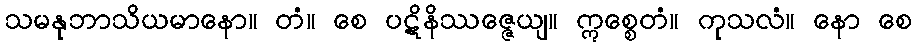
သမနုဘာသိယမာနော။ တံ။ စေ ပဋိနိဿဇ္ဇေယျ။ ဣစ္စေတံ။ ကုသလံ။ နော စေ